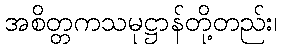
အစိတ္တကသမုဋ္ဌာန်တို့တည်း၊